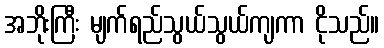
အဘိုးကြီး မျက်ရည်သွယ်သွယ်ကျကာ ငိုသည်။